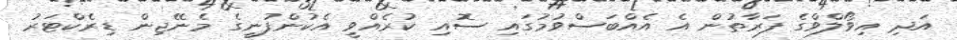
އަދި އިވޯލްވްގެ ފަރާތުން އެ އެއްބަސްވުމުގައި ސޮއި ކުރެއްވީ އެކުންފުނީގެ މެނޭޖިން ޑިރެކްޓަރު